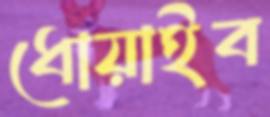
ধোয়াইব